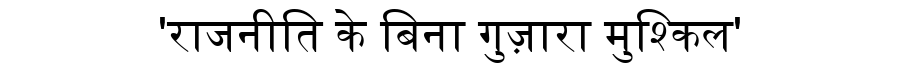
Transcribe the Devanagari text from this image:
'राजनीति के बिना गुज़ारा मुश्किल'